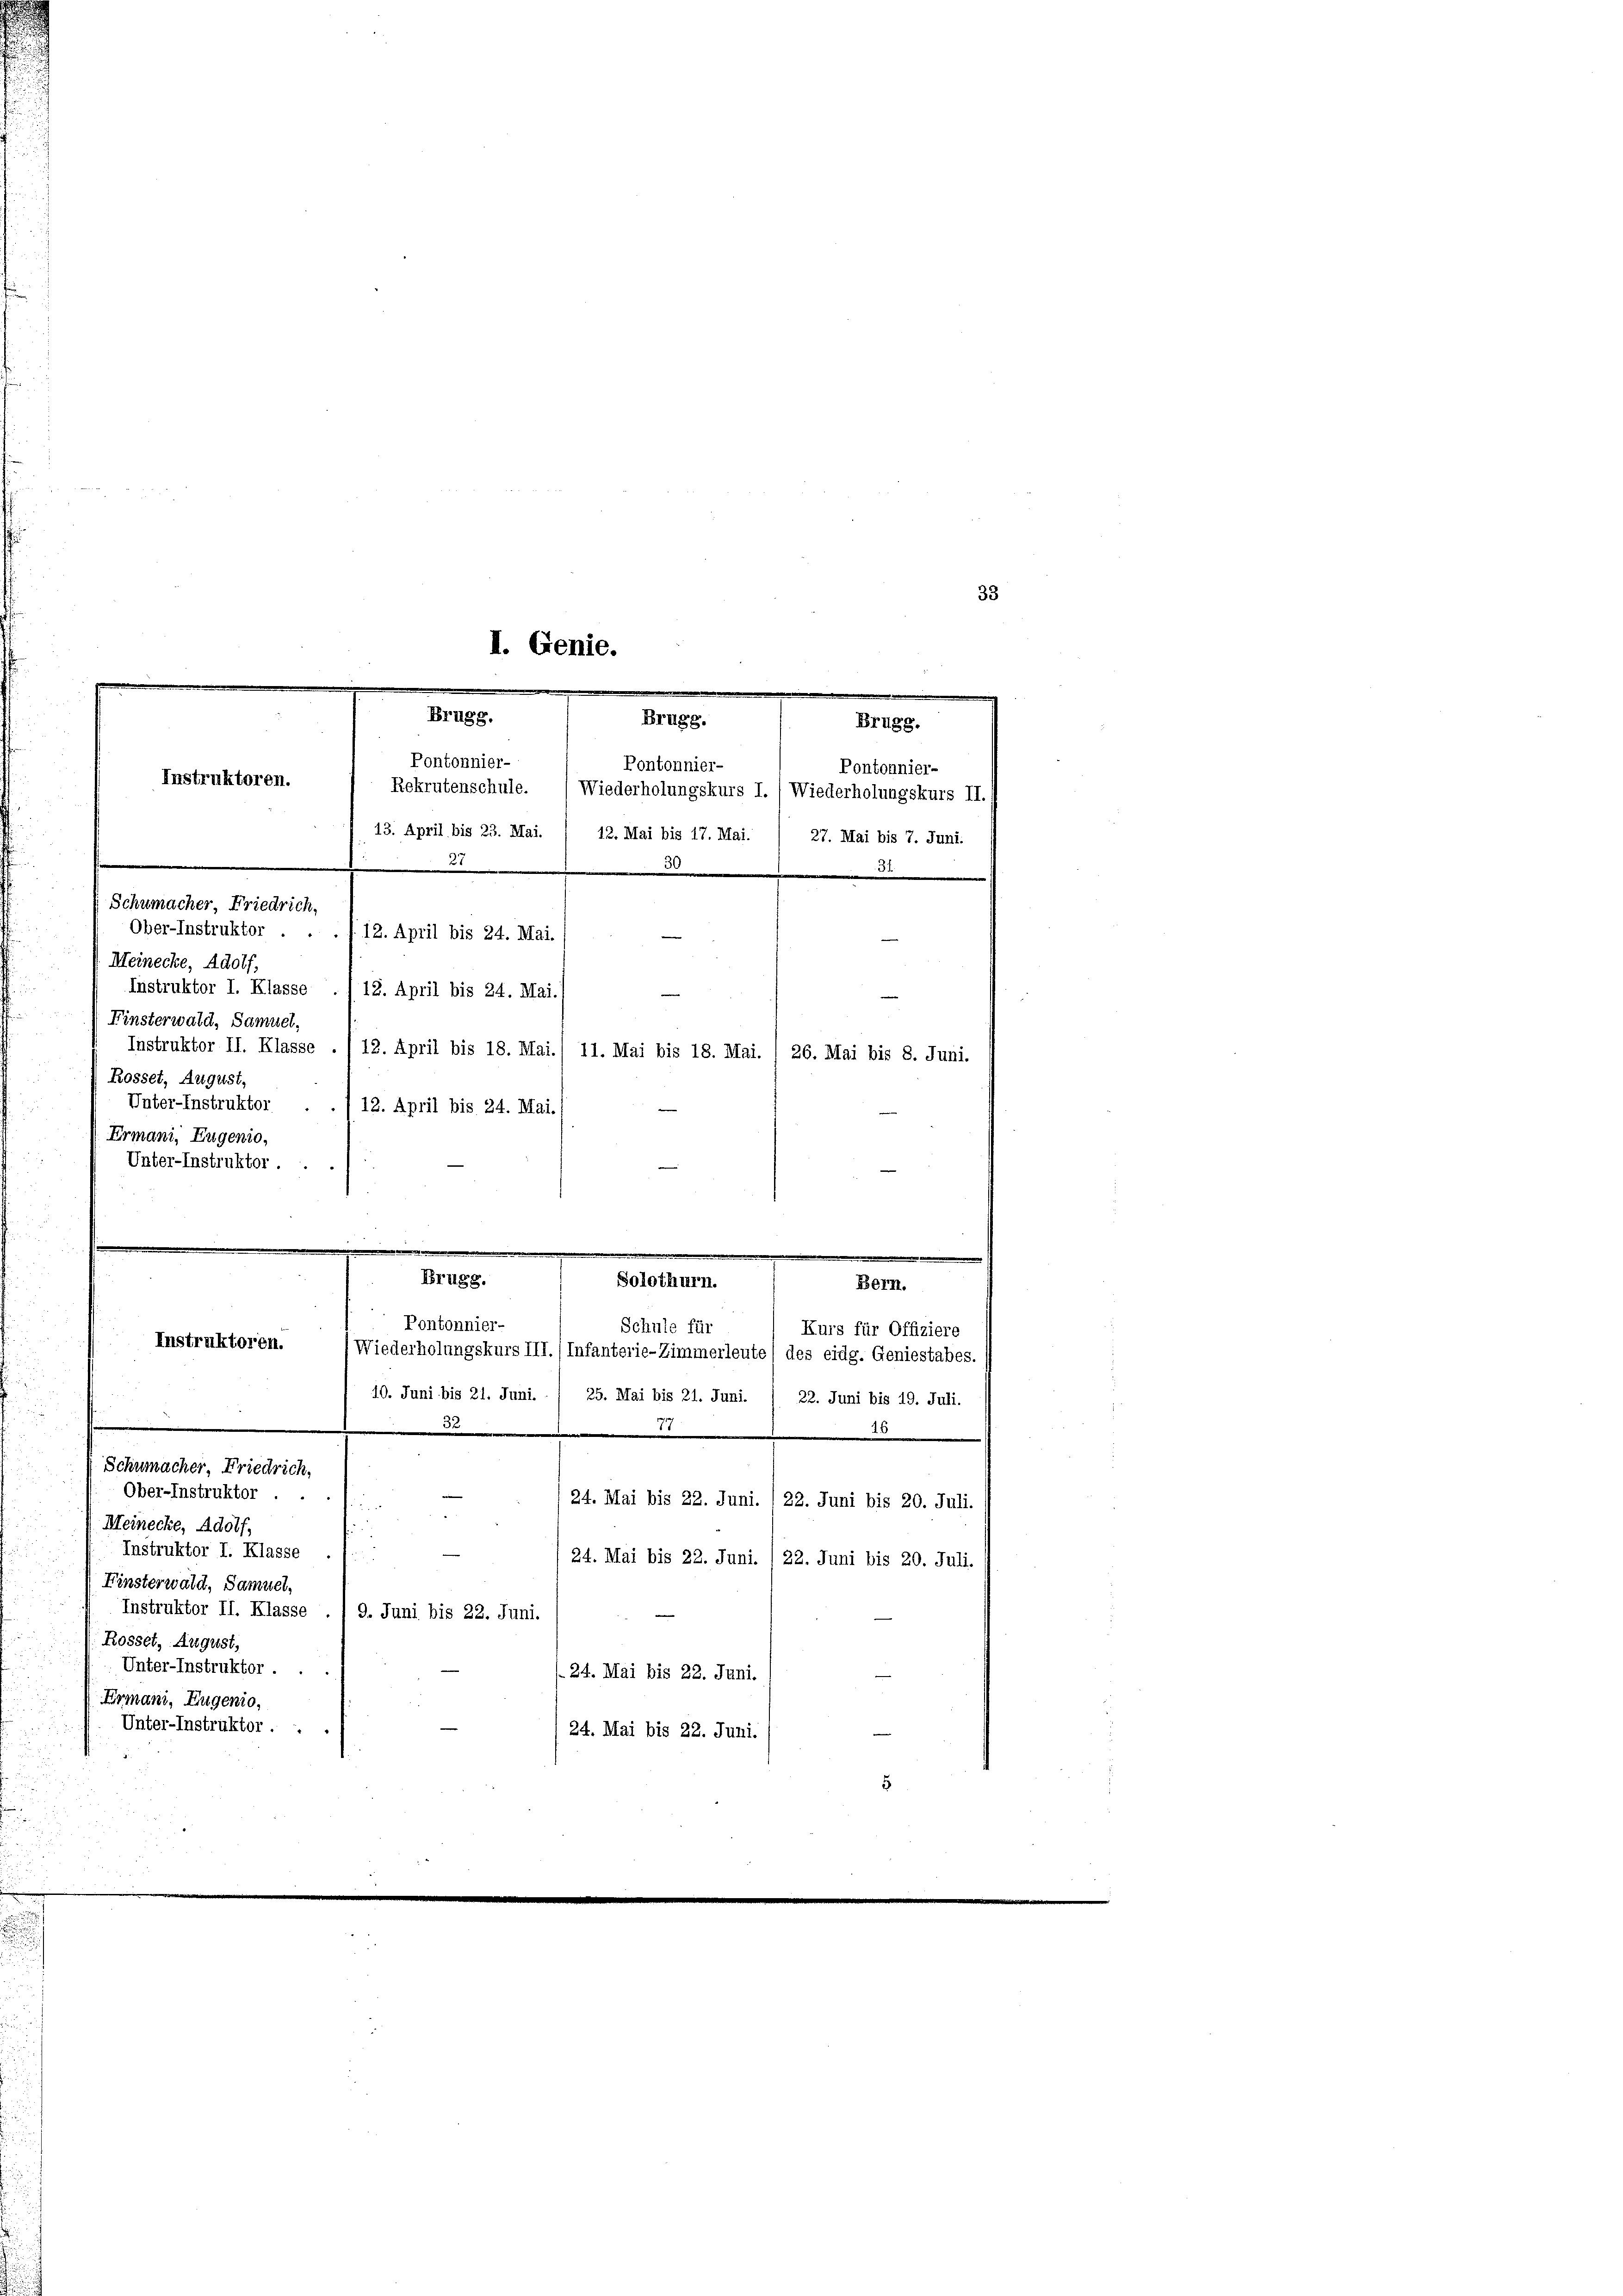
I. Genie.
.
m
Brugg.
Pontonnier-
Pontonnier-
Instruktoren.
Rekrutenschule.
13. April bis 23. Mai. / 12. Mai bis 17. Mai. 1 27. Mai bis 7. Juni.
e
5
Schumacher, Friedrich,
Ober-Instruktor . . . . 12. April bis 24. Mai.

Meinecke, Adolf,
Instruktor I. Klasse ./ 12. April bis 24. Mai.
Finsterwald, Samuel,
Rosset, August,
Unter-Instruktor
Ermani, Eugento,
Unter-Instruktor.
e

Instruktoren.

Brugg.
Brugg.
Wiederholungskurs I. / Wiederholungskurs II./
84
i
Instruktor II. Klasse . /12. April bis 18. Mai./ 11. Mai bis 18. Mai. / 26. Mai bis 8. Juni.
12. April bis 24. Mai. (

m
Brugg.
Solothurn.
Pontonnier-
Schule für

Schumacher, Friedrich,
Ober-Instruktor ..
Meinecke, Adolf,
Instruktor I. Klasse
Finsterwald, Samuel,
(Rosset, August,
Unter-Instruktor .
Ermani, Eugenio,
Unter-Instruktor . .
24. Mai bis 22. Juni.

Bern.
(Wiederholungskurs III. (Infanterie-Zimmerleute / des eidg. Geniestabes.
10. Juni bis 21. Juni. / 25. Mai bis 21. Juni. / 22. Juni bis 19. Juli.
32
7
x
24. Mai bis 22. Juni. 1 22. Juni bis 20. Juli.
n
.

24. Mai bis 22. Juni. 1 22. Juni bis 20. Juli.
Instruktor II. Klasse . 1 9. Juni bis 22. Juni.
124. Mai bis 22. Juni.

Pontonnier-

33

Kurs für Offiziere